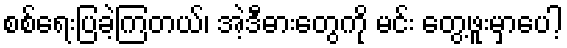
စစ်ရေးပြခဲ့ကြတယ်၊ အဲ့ဒီဓားတွေကို မင်း တွေ့ဖူးမှာပေါ့